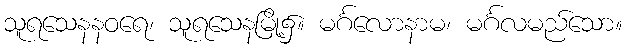
သူရသေနနဝရေ၊ သူရသေနမြို့၌။ မင်္ဂလောနာမ၊ မင်္ဂလမည်သော။